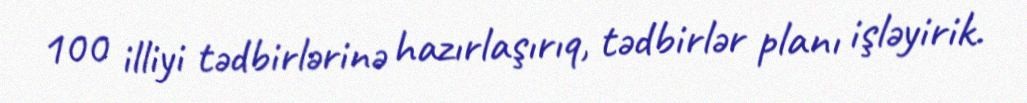
100 illiyi tədbirlərinə hazırlaşırıq, tədbirlər planı işləyirik.